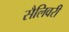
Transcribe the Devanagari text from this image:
सैलिवरी